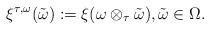
LaTeX: \begin{align*} \xi^{\tau,\omega}(\tilde{\omega}) :=\xi(\omega\otimes_\tau \tilde{\omega}),\tilde{\omega}\in\Omega.\end{align*}